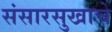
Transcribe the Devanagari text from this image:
संसारसुखाचे